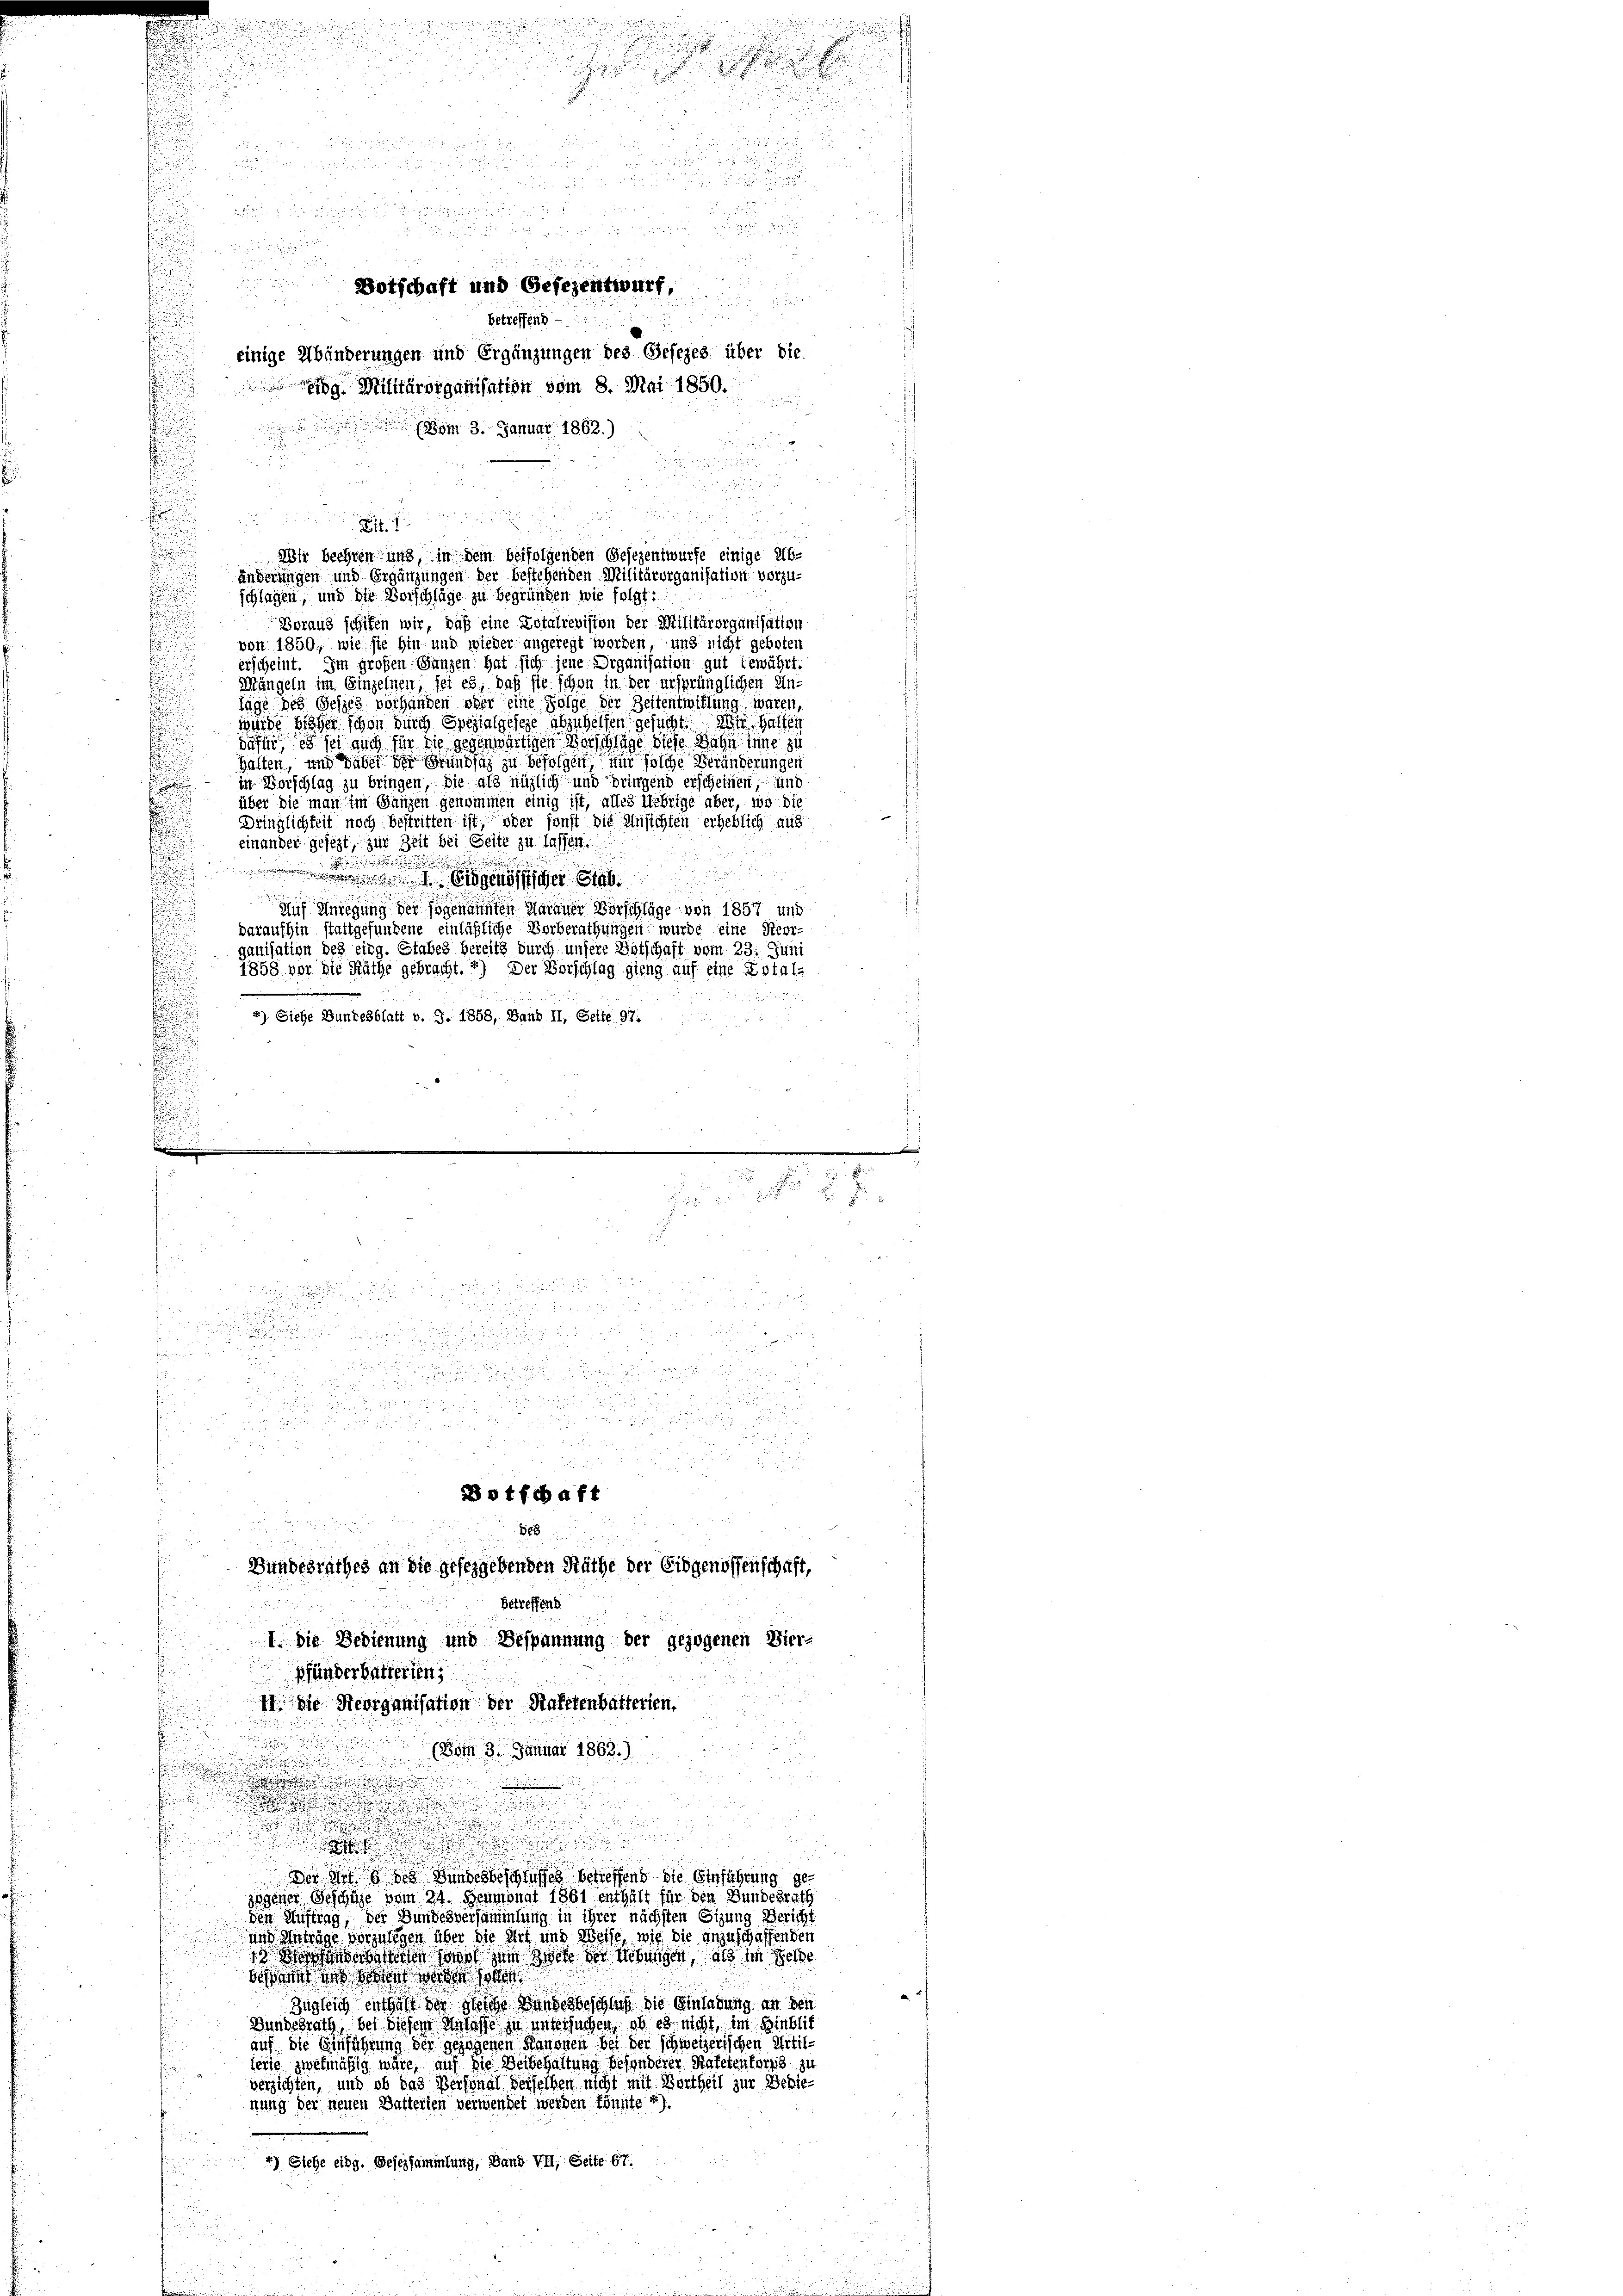
d
d

d

22
2
5

u

d

betreffend

einige Abänderungen und Ergänzungen des Gesezes über die
g Militärorganisation vom 8. Mai 1850.

m 3. Januar 1863.)

.

Lit. 1
u
.
Wir beehren und, in dem beifolgenden Gesezentwurfe einige Ab-
 änderungen und Ergänzungen der bestehenden Militärorganisation vorzuschlagen, und die Vorschläge zu begründen wie folgt:
Boraus schifen wir, daß eine Dotalrevision der Militärorganisation
von 1850; wie sie hin und wieder angeregt worden und nicht geboten
erscheint. Im großen Ganzen hat sich jene Organisation gut gewährt.
Mängeln im Einzelnen, sei es, daß sie schon in der ursprünglichen Un¬
Tage des Gesich vorhanden oder eine Folge der Zeitentwitlung waren,
würde bisher schon durch Spezialgesehe abzuhelfen gesucht. Wir halten
dafür, es sei auch für die gegenwärtigen Vorschlage diese Bahn seine zu
halten, und dabei der Grundsatz zu befolgen, nur solche Veränderungen
in Vorschlag zu bringen, die als nüglich und bringend erscheinen, und
über die man im Ganzen genommen einig ist, alles Uebrige aber, wo die
Dringlichkeit noch bestritten ist, oder sonst die Unsichten erheblich aus
einander gesezt, zur Zeit bei Seite zu lassen.

d
u
 1 Eidgenössiger Stab
Auf Anregung der sogenannten Marauer Vorschläge von 1857 und
daraufhin stattgefundene einläßliche Vorberathungen wurde eine Reorganisation des eing. Stabes bereits durch unsere Botschaft vom 23. Juni
1858 vor die Räthe gebracht. *) Der Vorschlag gieng auf eine Dotal-

*) Siehe Dunkesblatt v. J. 1858, Band II, Seite 97.

o u.

.

 den
.
2 xx
J

25
e

2
Botschaft und Gesezentwurf,

d
a zu

.

u

d

u
 xx

d
F
Bundesrathes an die gesetzgebenden Räthe der Eidgenossenschaft,
Betreffend
dnn d
I die Bedienung und Bespannung der gezogenen Vier-
Pfänderbatterien
11. die Herrganisation der Hafetenbatterten.

i
(vom 3. Januar 1863.)

n
n
3 f 5
.
s

.

2

5
.

de in des Bundesbeschlusses betreffend die Einführung gezogener Geschüre vom 24. Heumonat 1861 enthält für den Bundesrath
den Auftrag, der Bundesversammlung in ihrer nächsten Sizung Bericht
und Antrage vorzulegen über die Mit und Weise, wie die anzuschaffenden
denheiten sonst zum Zwete der Uebungen, als im Gelde
ser uns der werden sollen.
Zugleich enthalt der gleiche Wandesbeschluß die Einladung an den
Hundesrath bei diesem Anlasse zu untersuchen, ob es nicht, im Hinblick
auf die Einführung der gezogenen Kanonen bei der schweizerischen Artilfeile zwekmäßig wäre, auf die Beibehaltung besonderen Stafetenterzig zu
verzichten, und ob das Personal derselben nicht mit Bertheil zur Bezie-
nung der neuen Batterien verwendet werden könnte. 4)
4) Siehe eidg. Gesezsammlung, Band VII. Seite 67.

e

Botschaft
Be8

.
d.
c